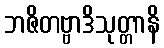
ဘဇိတဗ္ဗာဒိသုတ္တာနိ